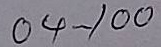
04 - 100